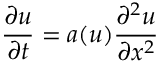
{ \frac { \partial u } { \partial t } } = a ( u ) { \frac { \partial ^ { 2 } u } { \partial x ^ { 2 } } }